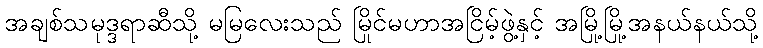
အချစ်သမုဒ္ဒရာဆီသို့ မမြလေးသည် မြိုင်မဟာအငြိမ့်ဖွဲ့နှင့် အမြို့မြို့အနယ်နယ်သို့